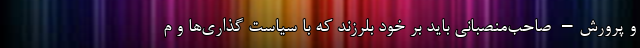
و پرورش– صاحب‌منصبانی باید بر خود بلرزند که با سیاست گذاری‌ها و م